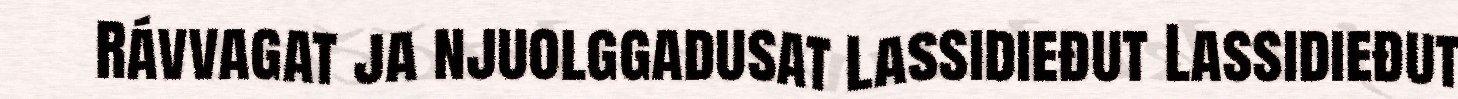
Rávvagat ja njuolggadusat Lassidieđut Lassidieđut